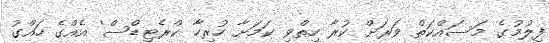
ފިލުމުގެ މަސައްކަތް ވަރަށް ކުރާ ހިތްވި ކަމަށާ ހުރިހާ 'ކްރެޓިޑްސް' އެއްގެ ހައްގު